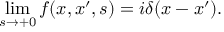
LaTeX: \operatorname * { l i m } _ { s \rightarrow + 0 } f ( x , x ^ { \prime } , s ) = i \delta ( x - x ^ { \prime } ) .